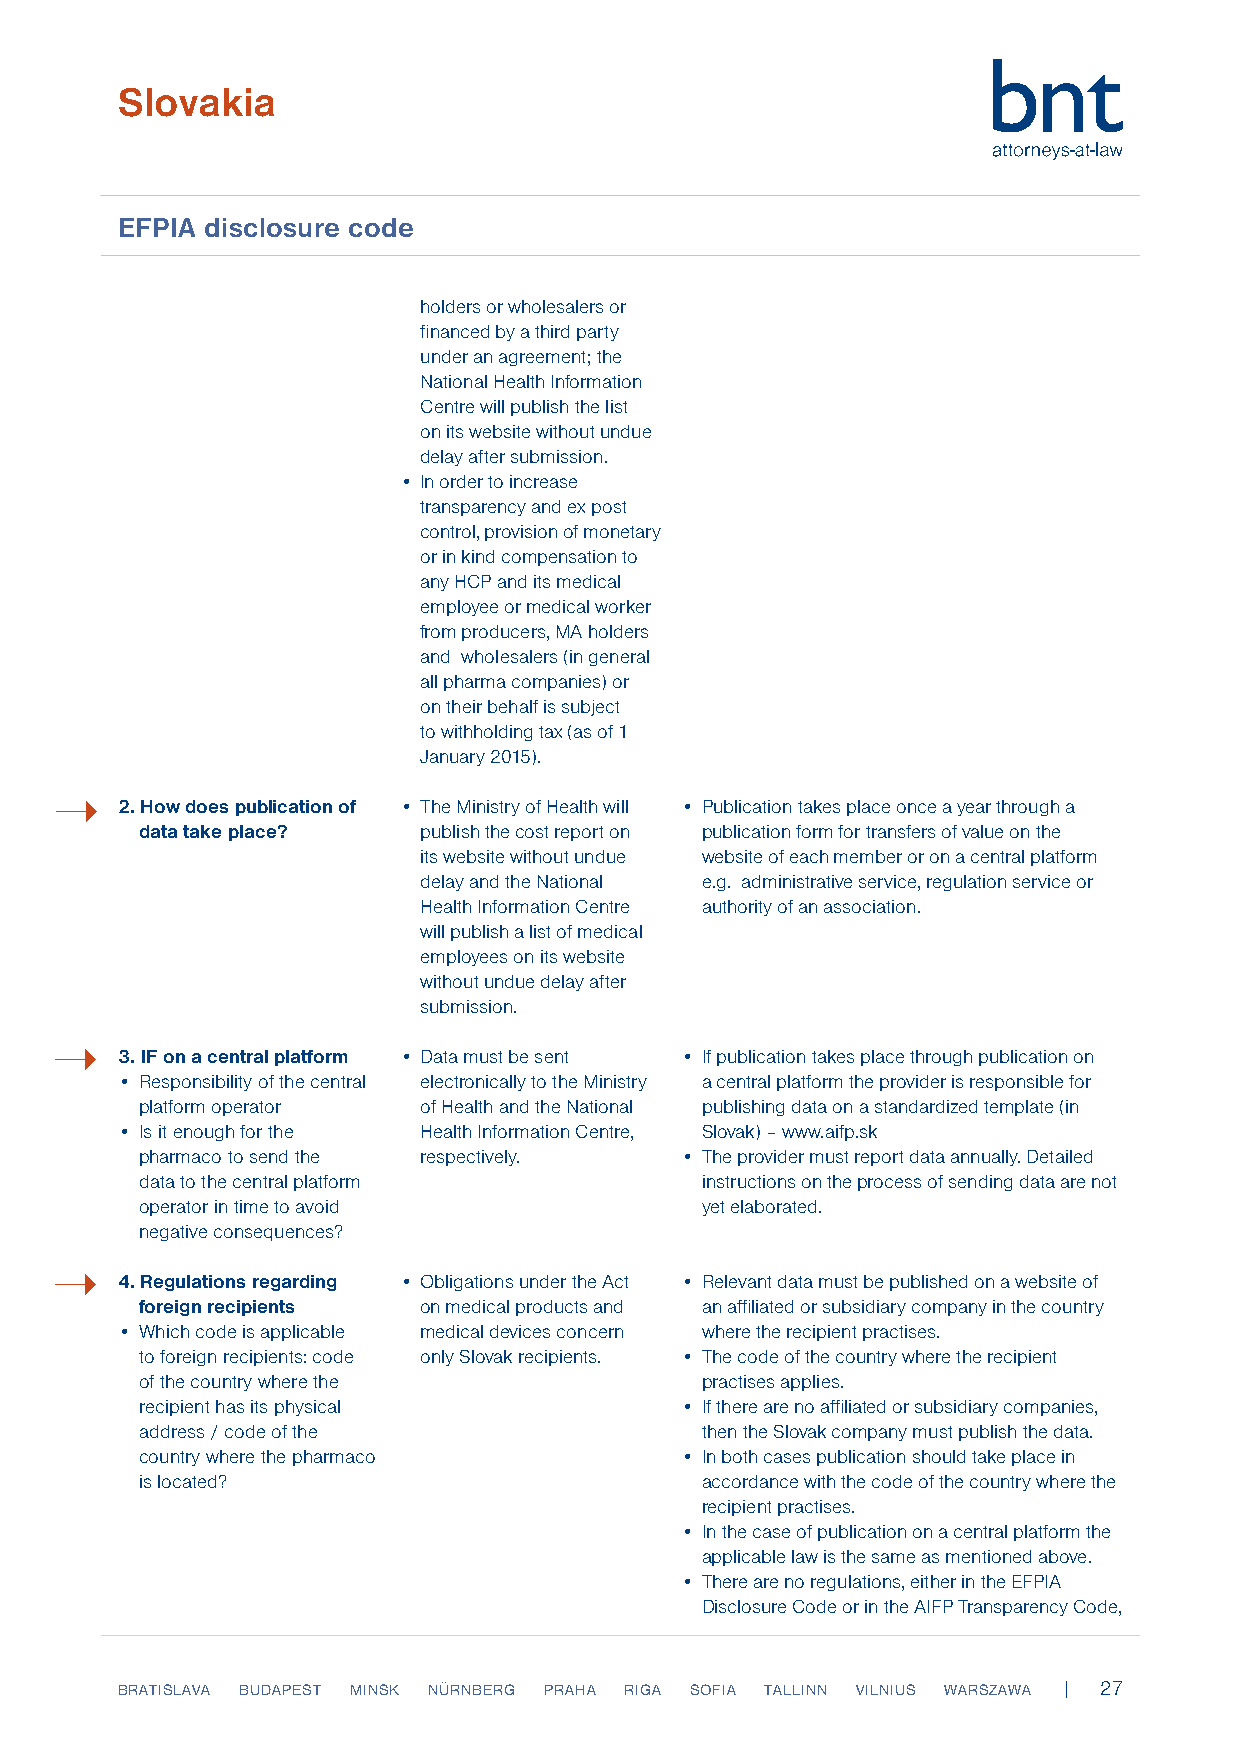
Slovakia
 EFPIA disclosure code
 holders or wholesalers or
 financed by a third party
 under an agreement; the
 National Health Information
 Centre will publish the list
 on its website without undue
 delay after submission.
 • In order to increase
 transparency and ex post
 control, provision of monetary
 or in kind compensation to
 any HCP and its medical
 employee or medical worker
 from producers, MA holders
 and wholesalers (in general
 all pharma companies) or
 on their behalf is subject
 to withholding tax (as of 1
 January 2015).
 ➝
 2. How does publication of • The Ministry of Health will • Publication takes place once a year through a
 data take place?   publish the cost report on publication form for transfers of value on the
 its website without undue website of each member or on a central platform
 delay and the National e.g. administrative service, regulation service or
 Health Information Centre authority of an association.
 will publish a list of medical
 employees on its website
 without undue delay after
 submission.
 ➝
 3. IF on a central platform • Data must be sent • If publication takes place through publication on
 • Responsibility of the central electronically to the Ministry a central platform the provider is responsible for
 platform operator  of Health and the National publishing data on a standardized template (in
 • Is it enough for the Health Information Centre, Slovak) – www.aifp.sk
 pharmaco to send the respectively.  • The provider must report data annually. Detailed
 data to the central platform         instructions on the process of sending data are not
 operator in time to avoid            yet elaborated.
 negative consequences?
 ➝
 4. Regulations regarding • Obligations under the Act • Relevant data must be published on a website of
 foreign recipients on medical products and an affiliated or subsidiary company in the country
 • Which code is applicable medical devices concern where the recipient practises.
 to foreign recipients: code only Slovak recipients. • The code of the country where the recipient
 of the country where the             practises applies.
 recipient has its physical          • If there are no affiliated or subsidiary companies,
 address / code of the                then the Slovak company must publish the data.
 country where the pharmaco          • In both cases publication should take place in
 is located?                          accordance with the code of the country where the
 recipient practises.
 • In the case of publication on a central platform the
 applicable law is the same as mentioned above.
 • There are no regulations, either in the EFPIA
 Disclosure Code or in the AIFP Transparency Code,
 BRATISLAVA BUDAPEST MINSK NÜRNBERG PRAHA RIGA SOFIA TALLINN VILNIUS WARSZAWA | 27